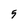
Character: 5